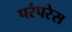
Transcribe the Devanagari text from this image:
परंपरेस